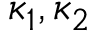
\kappa _ { 1 } , \kappa _ { 2 }